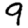
Digit: 9